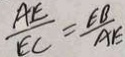
\frac { A E } { E C } = \frac { E B } { A E }